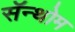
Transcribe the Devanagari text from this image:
सॅन्थोम